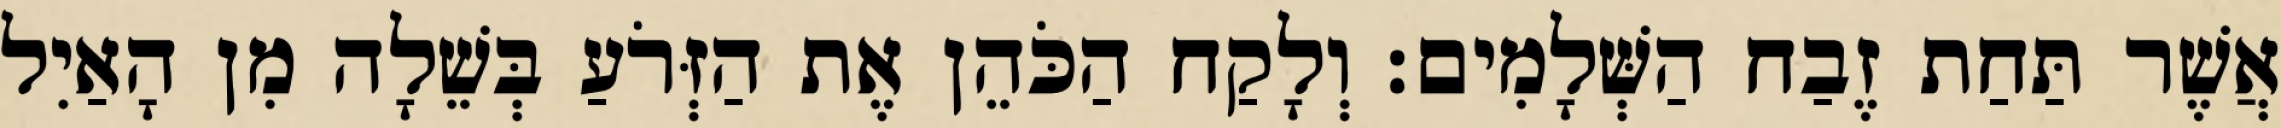
אֲשֶׁר תַּחַת זֶבַח הַשְּׁלָמִים׃ וְלָקַח הַכֹּהֵן אֶת הַזְּרֹעַ בְּשֵׁלָה מִן הָאַיִל